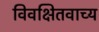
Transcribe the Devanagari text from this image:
विवक्षितवाच्य